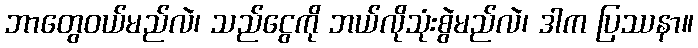
ဘာတွေဝယ်မည်လဲ၊ သည်ငွေကို ဘယ်လိုသုံးစွဲမည်လဲ၊ ဒါက ပြဿနာ။